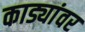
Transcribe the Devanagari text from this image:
काड्यांवर